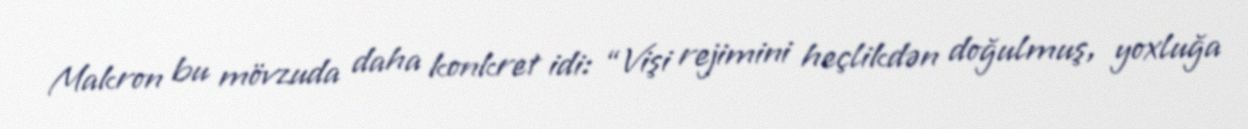
Makron bu mövzuda daha konkret idi: “Vişi rejimini heçlikdən doğulmuş, yoxluğa